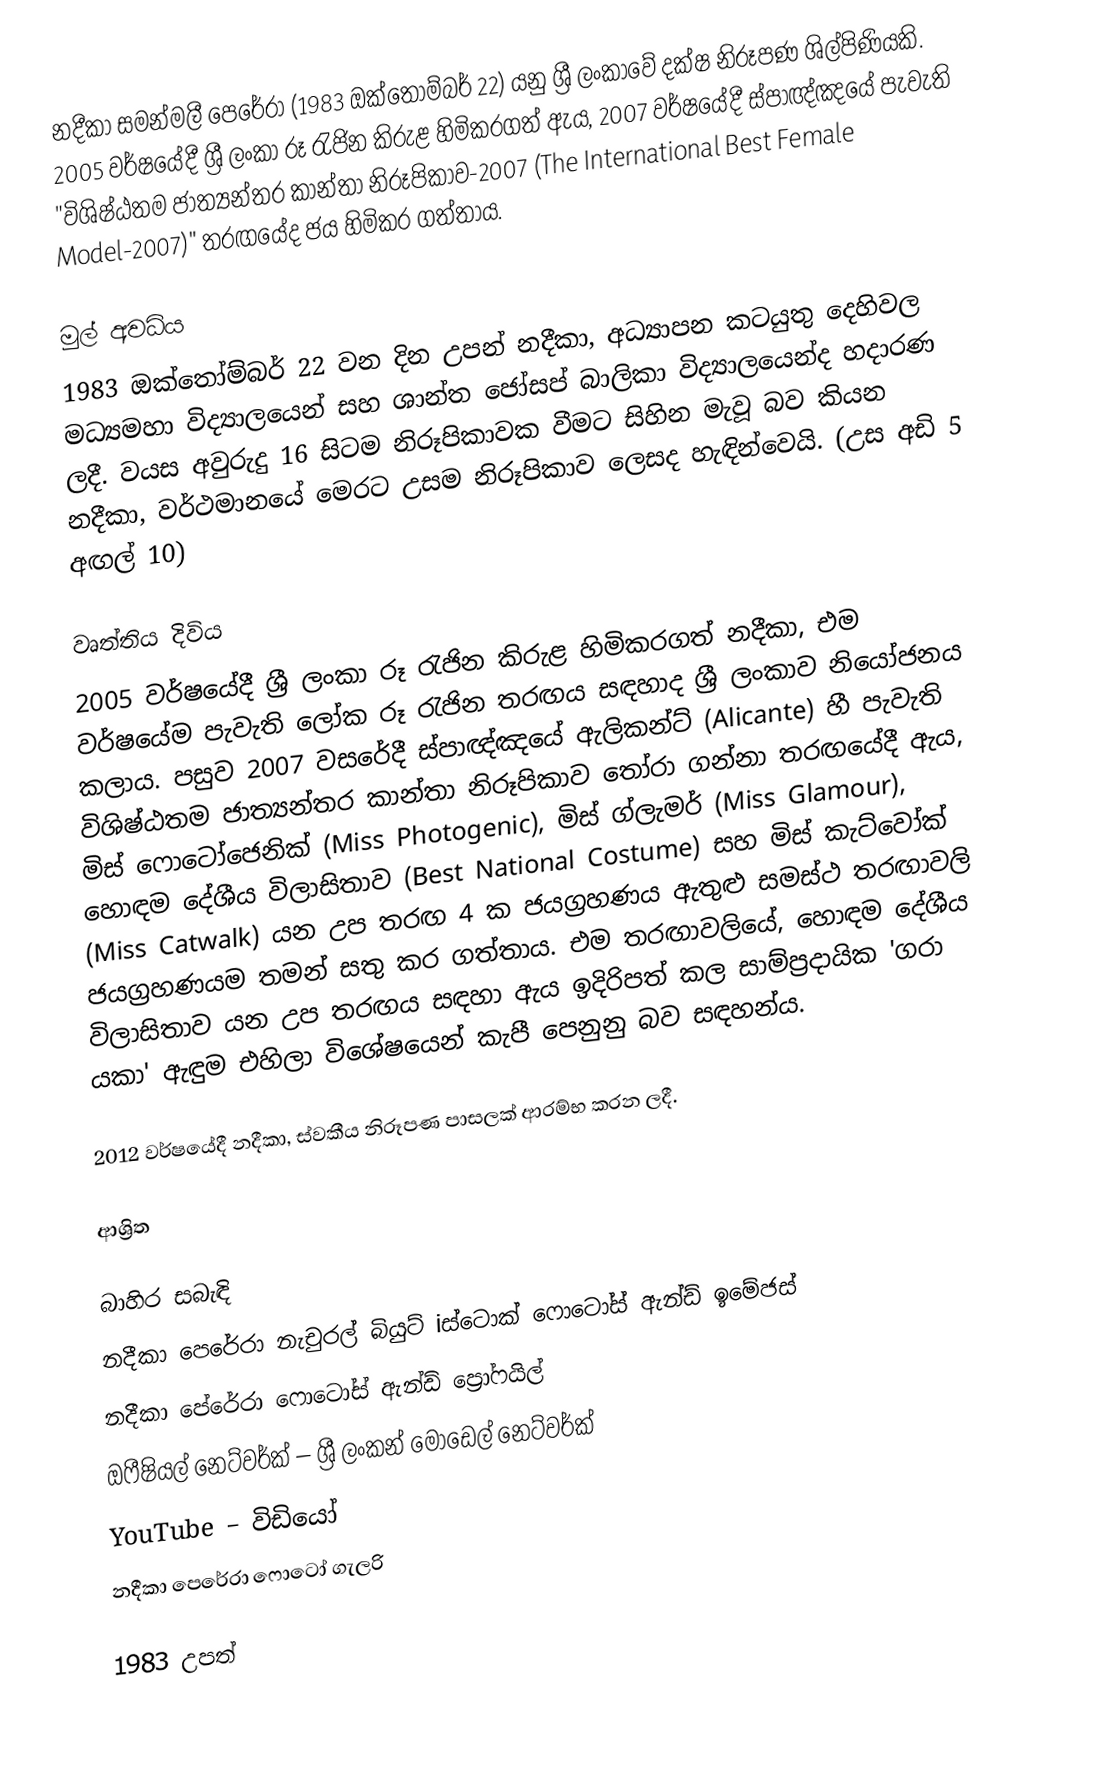
නදීකා සමන්මලී පෙරේරා (1983 ඔක්තෝම්බර් 22) යනු ශ්‍රී ලංකාවේ දක්ෂ නිරූපණ ශිල්පිණියකි. 2005 වර්ෂයේදී ශ්‍රී ලංකා රූ රැජින කිරුළ හිමිකරගත් ඇය, 2007 වර්ෂයේදී ස්පාඥ්ඤයේ පැවැති "විශිෂ්ඨතම ජාත්‍යන්තර කාන්තා නිරූපිකාව-2007 (The International Best Female Model-2007)" තරඟයේද ජය හිමිකර ගත්තාය.

මුල් අවධිය
1983 ඔක්තෝම්බර් 22 වන දින උපන් නදීකා, අධ්‍යාපන කටයුතු දෙහිවල මධ්‍යමහා විද්‍යාලයෙන් සහ ශාන්ත ජෝසප් බාලිකා විද්‍යාලයෙන්ද හදාරණ ලදී. වයස අවුරුදු 16 සිටම නිරූපිකාවක වීමට සිහින මැවූ බව කියන නදීකා, වර්ථමානයේ මෙරට උසම නිරූපිකාව ලෙසද හැඳින්වෙයි. (උස අඩි 5 අඟල් 10)

වෘත්තිය දිවිය
2005 වර්ෂයේදී ශ්‍රී ලංකා රූ රැජින කිරුළ හිමිකරගත් නදීකා, එම වර්ෂයේම පැවැති ලෝක රූ රැජින තරඟය සඳහාද ශ්‍රී ලංකාව නියෝජනය කලාය. පසුව 2007 වසරේදී ස්පාඥ්ඤයේ ඇලිකන්ට් (Alicante) හී පැවැති විශිෂ්ඨතම ජාත්‍යන්තර කාන්තා නිරූපිකාව තෝරා ගන්නා තරඟයේදී ඇය, මිස් ෆොටෝජෙනික් (Miss Photogenic), මිස් ග්ලැමර් (Miss Glamour), හොඳම දේශීය විලාසිතාව (Best National Costume) සහ මිස් කැට්වෝක් (Miss Catwalk) යන උප තරඟ 4 ක ජයග්‍රහණය ඇතුළු සමස්ථ තරඟාවලි ජයග්‍රහණයම තමන් සතු කර ගත්තාය. එම තරඟාවලියේ, හොඳම දේශීය විලාසිතාව යන උප තරඟය සඳහා ඇය ඉදිරිපත් කල සාම්ප්‍රදායික 'ගරා යකා' ඇඳුම එහිලා විශේෂයෙන් කැපී පෙනුනු බව සඳහන්ය.

2012 වර්ෂයේදී නදීකා, ස්වකීය නිරූපණ පාසලක් ආරම්භ කරන ලදී.

ආශ්‍රිත

බාහිර සබැඳි
නදීකා පෙරේරා නැචුරල් බියුට් iස්ටොක් ෆොටෝස් ඇන්ඩ් ඉමේජස්
නදීකා පේරේරා ෆොටෝස් ඇන්ඩ් ප්‍රෝ‍ෆයිල්
ඔෆීෂියල් නෙට්වර්ක් – ශ්‍රී ලංකන් මොඩෙල් නෙට්වර්ක්
YouTube – විඩියෝ
නදීකා පෙරේරා ෆොටෝ ගැලරි

1983 උපත්